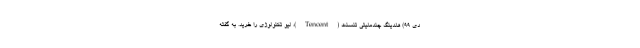
دی ۹۹) هلدینگ چندملیتی تنسنت (Tencent)، لیو تکنولوژی را خرید. به گفته